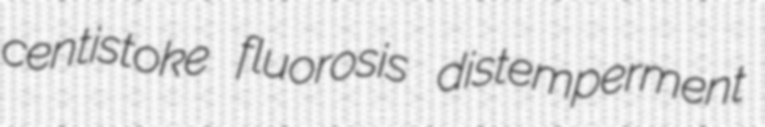
centistoke fluorosis distemperment